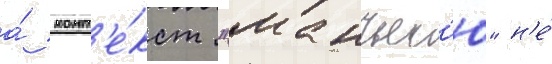
а́ конт'е́кст "манъес'ю" н'е́